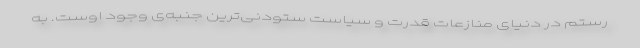
رستم در دنیای منازعات قدرت و سیاست ستودنی‌ترین جنبه‌ی وجود اوست. به